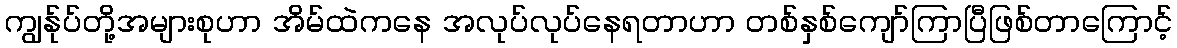
ကျွန်ုပ်တို့အများစုဟာ အိမ်ထဲကနေ အလုပ်လုပ်နေရတာဟာ တစ်နှစ်ကျော်ကြာပြီဖြစ်တာကြောင့်